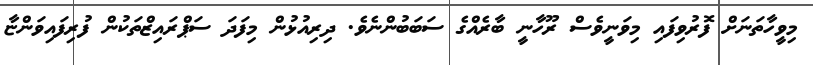
މިވީހާތަނަށް ފޮރުވިފައި މިވަނީވެސް ރޫހާނީ ބާރެއްގެ ސަބަބުންނެވެ. ދިރިއުޅުން މިފަދަ ސަޕްރައިޒްތަކުން ފުރިފައިވަންޏާ